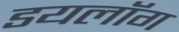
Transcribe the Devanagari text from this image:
डयलॉग